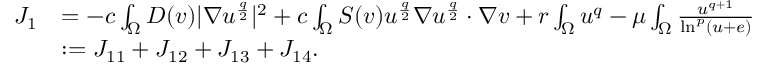
\begin{array} { r l } { J _ { 1 } } & { = - c \int _ { \Omega } D ( v ) | \nabla u ^ { \frac { q } { 2 } } | ^ { 2 } + c \int _ { \Omega } S ( v ) u ^ { \frac { q } { 2 } } \nabla u ^ { \frac { q } { 2 } } \cdot \nabla v + r \int _ { \Omega } u ^ { q } - \mu \int _ { \Omega } \frac { u ^ { q + 1 } } { \ln ^ { p } ( u + e ) } } \\ & { : = J _ { 1 1 } + J _ { 1 2 } + J _ { 1 3 } + J _ { 1 4 } . } \end{array}